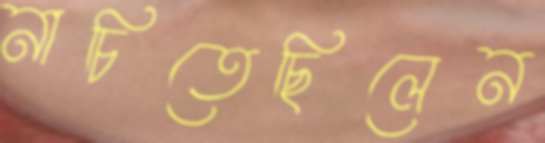
নাচিতেছিলেন